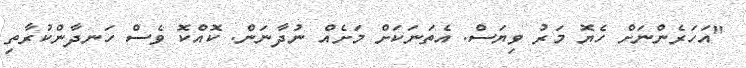
"އަހަރެންނަށް ހެޔޮ މަރު ވިޔަސް. އެތަނަކަށް މަށެއް ނުދާނަން. ކޮއްކޮ ވެސް ހަނދާންކުރާތި